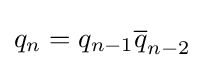
q_{n}=q_{n-1}{\overline {q}}_{n-2}